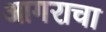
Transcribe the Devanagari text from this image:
आगराचा